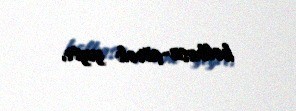
kolbasa-çörək yeyir.